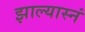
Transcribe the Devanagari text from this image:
झाल्यास्नं